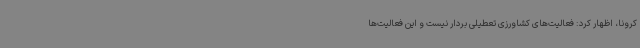
کرونا، اظهار کرد: فعالیت‌های کشاورزی تعطیلی بردار نیست و این فعالیت‌ها